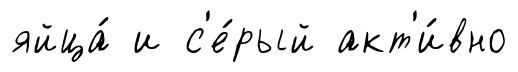
яйца́ и с'е́рый акт'и́вно